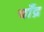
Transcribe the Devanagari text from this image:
चाँद्र